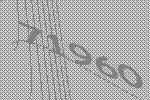
71960